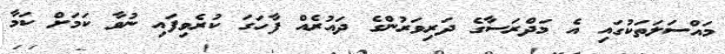
މައްސަލަތަކުގައި އެ މަދްރަސާގެ ދަރިވަރުންގެ ދައުރެއް ފާހަގަ ކުރެވިފައި ނުވާ ކަމަށް ކަމާ